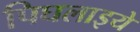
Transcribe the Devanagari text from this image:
पिघलाइये